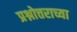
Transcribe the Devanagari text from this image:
प्रश्नोत्तराच्या